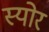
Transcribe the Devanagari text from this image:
स्योर